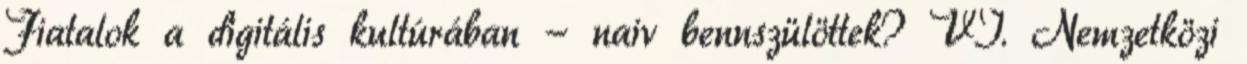
Fiatalok a digitális kultúrában - naiv bennszülöttek? VI. Nemzetközi